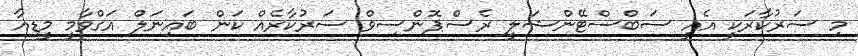
މި ސަރުކާރަކީ އެއީ ސަބްސްޓޭންޝަލީ ރެސްޕޮންސިވް ސަރުކާރެއް ކަން ބައިނަލް އަގްވާމީ މީޑިއާ